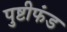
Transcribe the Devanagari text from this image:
पुष्टीफंड